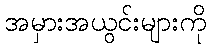
အမှားအယွင်းများကို